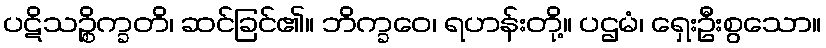
ပဋိသဉ္စိက္ခတိ၊ ဆင်ခြင်၏။ ဘိက္ခဝေ၊ ရဟန်းတို့။ ပဌမံ၊ ရှေးဦးစွသော။